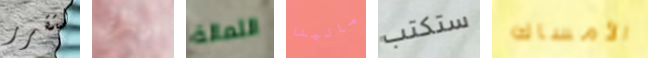
لتقرر أوامري الثمالة مالينا ستكتب الأمساك